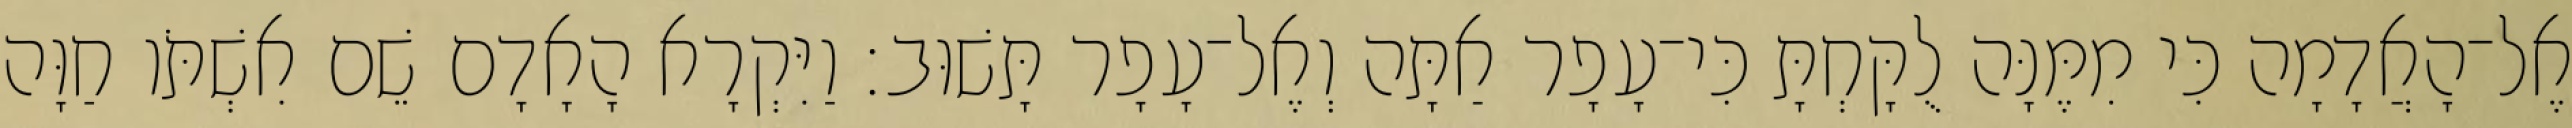
אֶל־הָאֲדָמָה כִּי מִמֶּנָּה לֻקָּחְתָּ כִּי־עָפָר אַתָּה וְאֶל־עָפָר תָּשׁוּב׃ וַיִּקְרָא הָאָדָם שֵׁם אִשְׁתֹּו חַוָּה